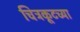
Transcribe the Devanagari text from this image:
चित्रकूटच्या